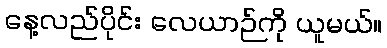
နေ့လည်ပိုင်း လေယာဉ်ကို ယူမယ်။